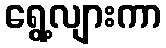
ရွေ့လျားကာ